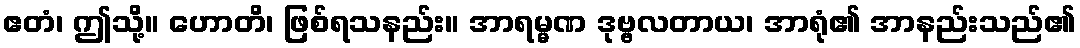
ဧတံ၊ ဤသို့။ ဟောတိ၊ ဖြစ်ရသနည်း။ အာရမ္မဏ ဒုဗ္ဗလတာယ၊ အာရုံ၏ အာနည်းသည်၏